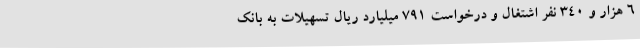
6 هزار و 340 نفر اشتغال و درخواست 791 میلیارد ریال تسهیلات به بانک